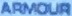
ARMOUR